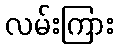
လမ်းကြား